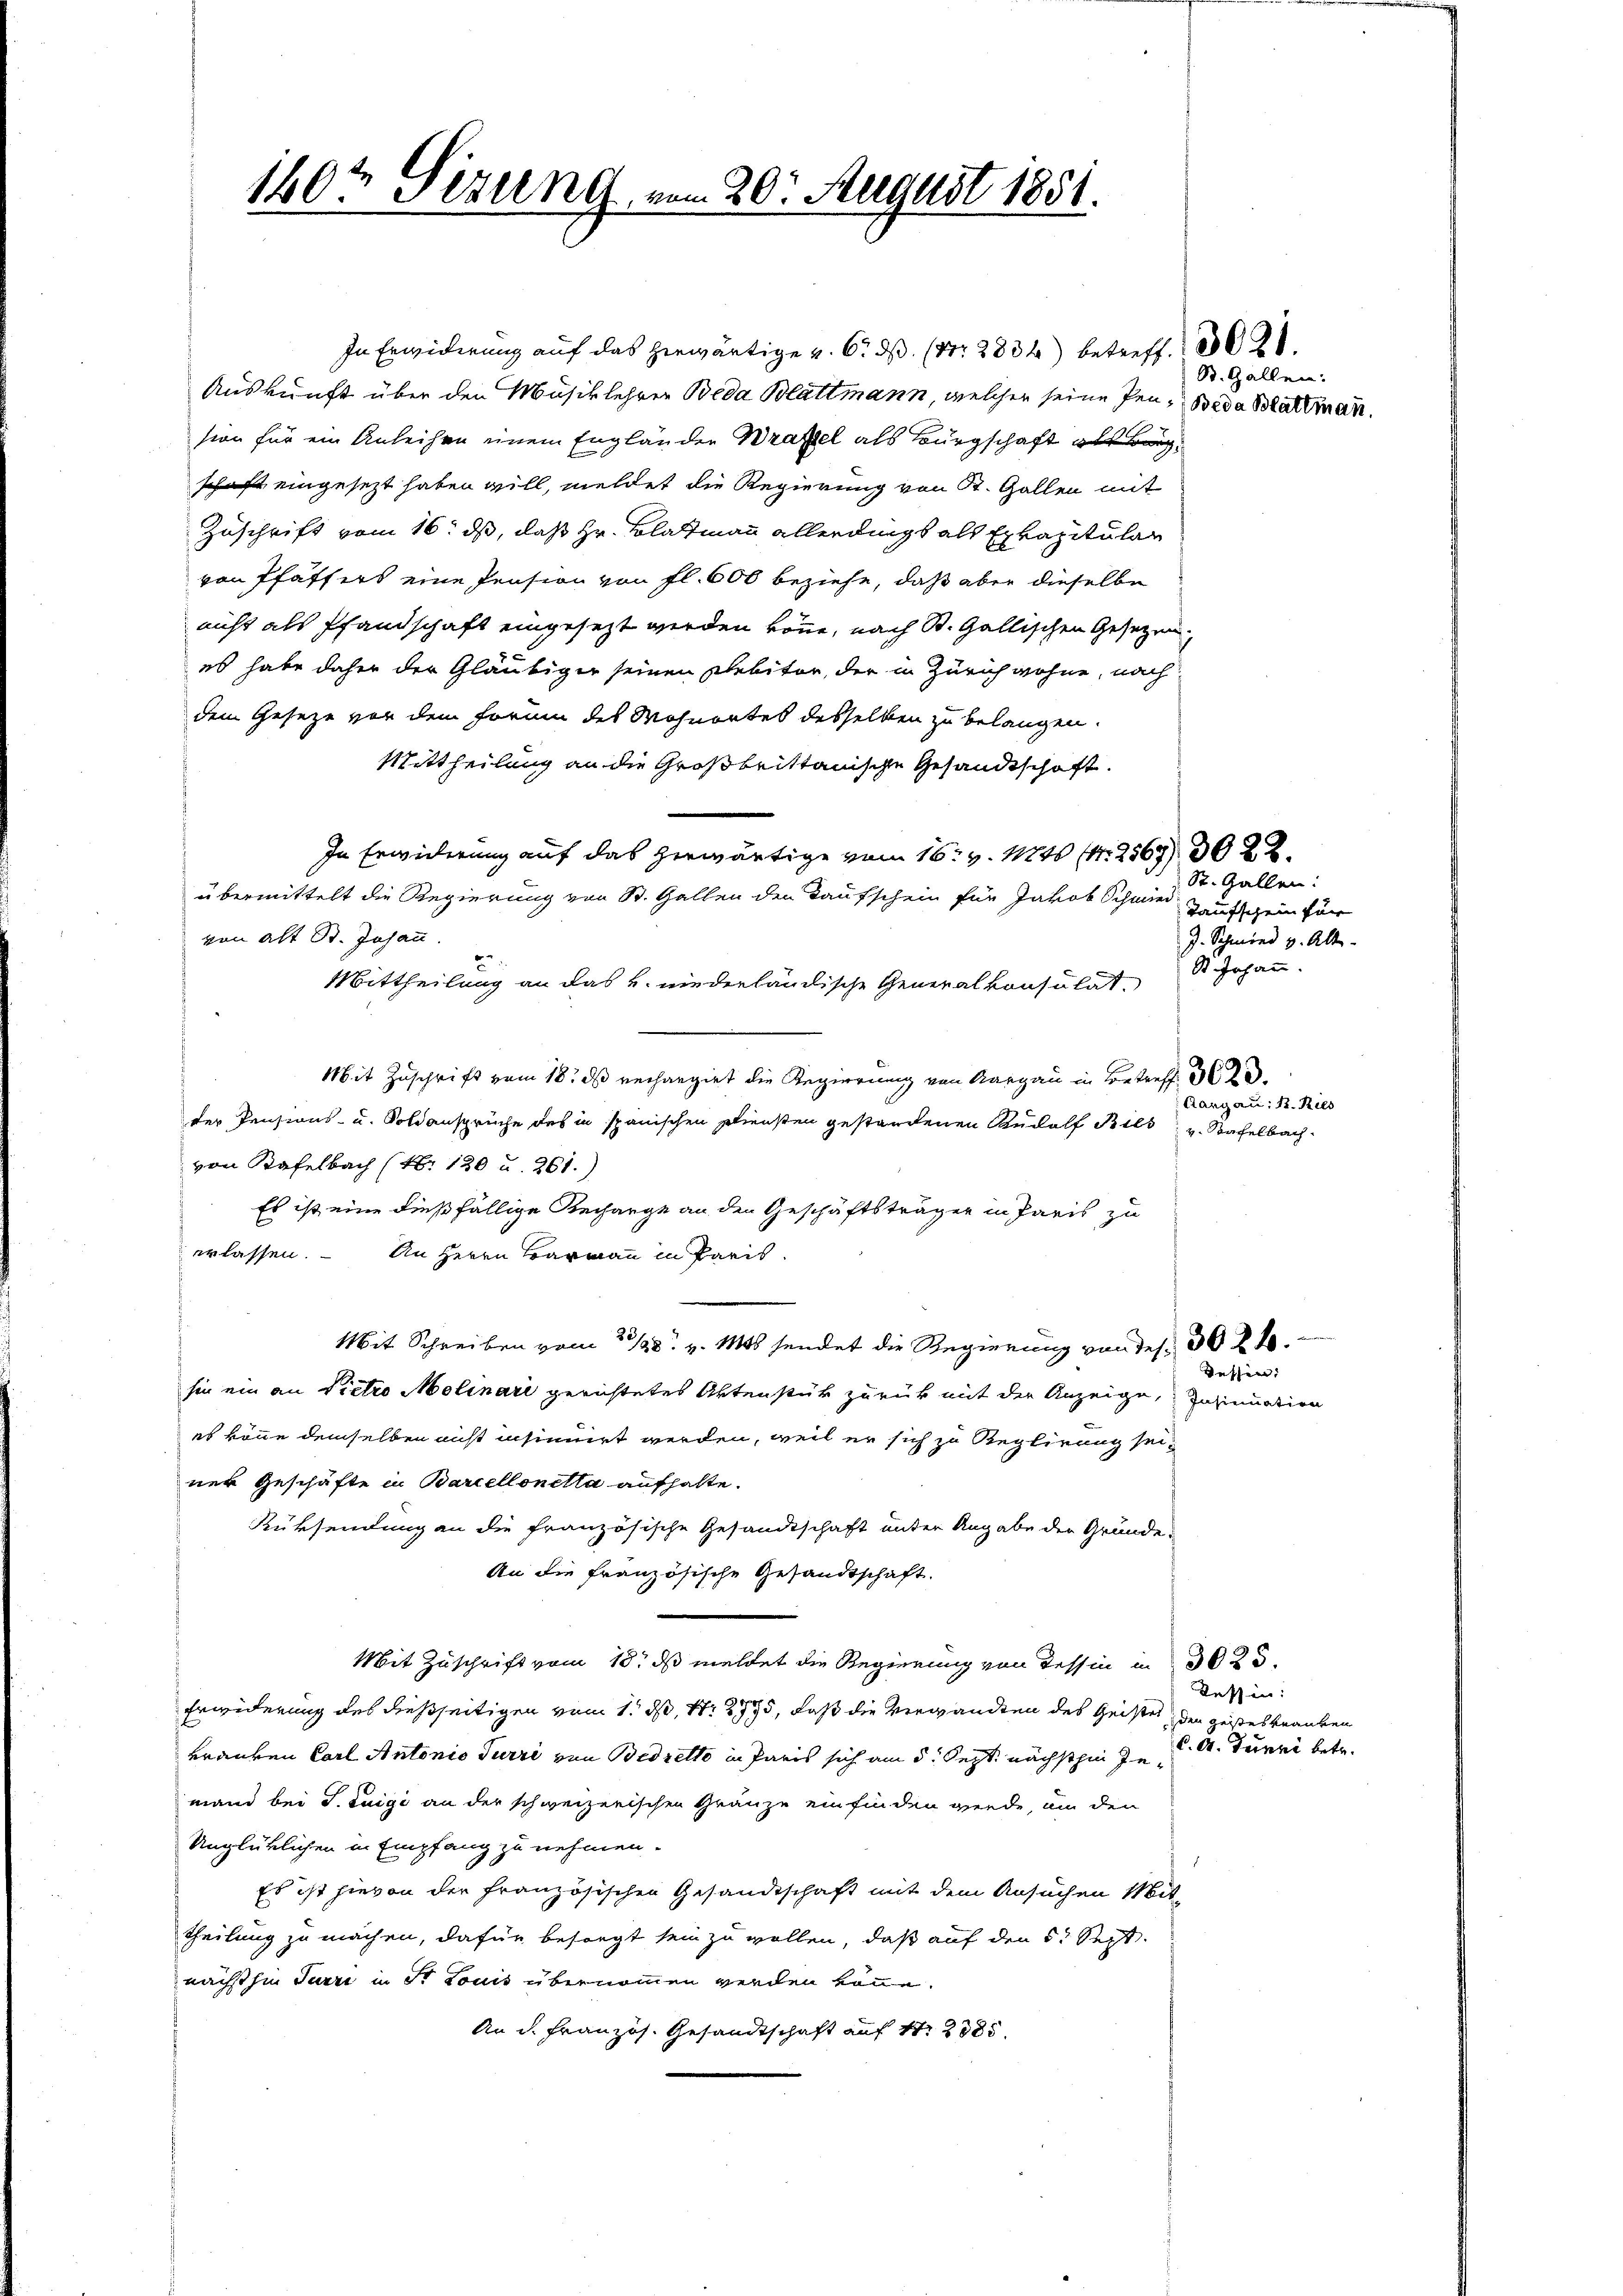
160t Tizung vom 20. August 1851.

In Erwiderung auf das herwärtige v. 6. ds. (Nr. 2834) betreff. 1021.

Auskunft über den Musiklehrer Beda Blattmann, welcher seine Pen-Beda Blattman.
sion für ein Anleihen einem Engländer Bratel als Bürgschaft als Bürgschaft eingesezt haben will, meldet die Regierung von R. Gallen mit
Zuschrift vom 16. ds, daß Hr. Blattmann allerdings als Exkapitular
von Pfäffers eine Pension von fl. 600 beziehe, daß aber dieselbe
nicht als Pfandschaft eingesezt werden könne, nach St. Gallischen Gesetzen.
es habe daher der Gläubiger seinen Debitor, der in Zürich wohne, nach
dem Geseze vor dem Form des Wohnortes desselben zu belangen.
Mittheilung an die Großbrittanische Gesandtschaft.
In Erwiderung auf das herwärtige vom 16. v. Mts (S. 2567/ 3022.
übermittelt die Regierung von St. Gallen den Kaufschein für Jakob Schmied Hausschein für
von alt St. Johann
Mittheilung an das u. niederländische Generalkonsulat,
Mit Zuschrift vom 18. ds rechargirt die Regierung von Aargau in Betreff
der Pensions- u. Soldansprüche des in spanischen Diensten gestandenen Rudolf Bils v. Stafelbach
von Kafelbach (N. 130 u. 261.)
Es ist eine dießfällige Recharge an den Geschäftsträger in Paris zu
erlassen. – An Herrn Barrau in Paris
Mit Schreiben vom 23/28. v. Mts sendet die Regierung von des 30 f 48
sin ein an Pietro Molinari gerichtetes Aktenstük zurück mit der Anzeige, Insinuation
es könne demselben nicht insinuirt werden, weil er sich zu Reglirung seiner Geschäfte in Barcellonetta aufhalte.
Rüksendung an die französische Gesandtschaft unter Angabe der Grunde
An die französische Gesandtschaft.
Mit Zuschrift vom 18. ds meldet die Regierung von dessin in 302
Erwiderung des dießseitigen vom 1. ds. S. 2975, daß die Verwandten des Geister den geistes Grauben
Franken Carl Antonio Turri von Bedretto in Paris sich am 5. Sept. nächsthin ze A. Turni betr.
mand bei J. Luigi an der schweizerischen Gränze einfinden werde, um den
Unglüklichen in Empfang zu nehmen.
Es ist hievon der französischen Gesandtschaft mit dem Ansuchen Mit-
Theilung zu machen, dafür besorgt sein zu wollen, daß auf den 5t Sept.
nächsthin Turze in St. Louis übernommen werden könne.
An d. Französ. Gesandtschaft auf 1. 2388.

St. Gallen:

St. Gallen:
J. Schmied v. Alt
St. Johann.

Aargau: B. Ries

dessen:

Tessin: